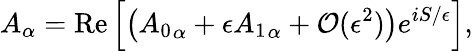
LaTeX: A_{\alpha}=\mathrm{Re}\left[\left({A_{0}}_{\alpha}+\epsilon{A_{1}}_{\alpha}+\mathcal{O}(\epsilon^{2})\right)e^{iS/\epsilon}\right],